Civil Veterinary Department Bihar & Orissa reports 1922-29 - 1922-1929
Year: 1922
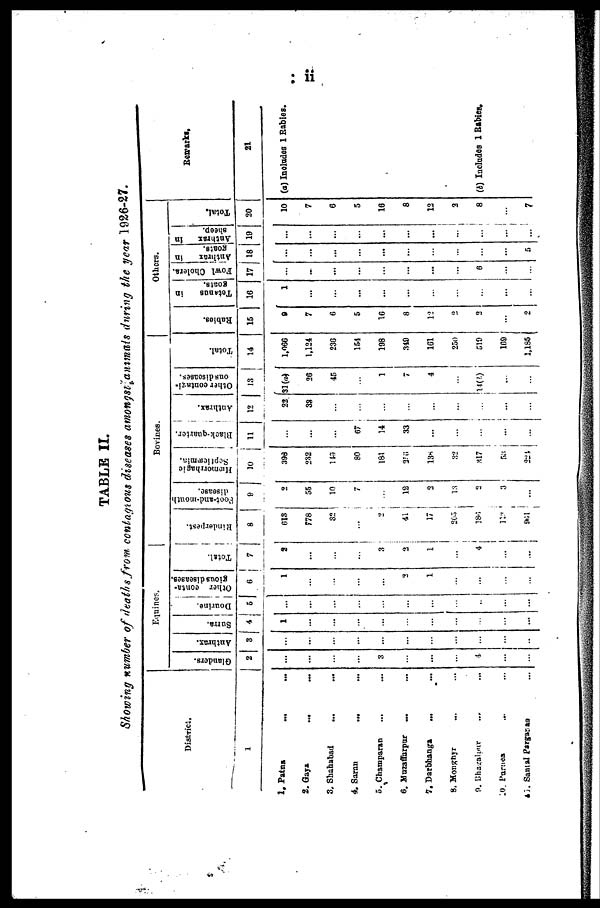
TABLE II.
Showing number of deaths from contagious diseases amongst animals during the year 1926-27.
District,
I
1. Patna
... ...
2.
Gaya
...
...
3, Shahabad ... ...
4. Saran
...
...
5. Champaran ... ...
6. Muzaffarpur ... ...
7, Darbhanga
...
8. Monghyr ... ...
9.
Bhagalpur
...
...
10. Parnea ... ...
43 Santal Parganas ...
Equines.
Glanders.
2
...
3
4
Anthrax.
a
... ...
Surra.
4
1
Dourine.
5
Ot her conta-
gious di s eas es .
6
2
1
Total.
7
2
3
2
1
4
...
...
Bovines.
|
Rinderpest.
8
613
f78
32
Poot-and-mouth
disease.
9
2
55
10
... 7
41
12
17
2
205 , 13
186 a
i
1
Hemorrhagic
Septicemia.
10
398
232
148
80
181
256
138
32
317
53
224
Black-quarter.
11
67
14
33
...
...
Anthrax.
12
22
38
...
...
...
Other contagi-
ous diseases.
13
31Ia)
26
45
1
7
4
14 (l)
...
Total.
14
1,066
1,124
236
154
198
349
161
250
519
109
1,185
Others.
Rabies.
15
0
7
6
5
16
8
12
2
2
o
Tetanus
in
goats.
16
1
...
...
Fowl Cholera.
17
...
...
6
Anthrax
in
goats.
18
...
...
...
5
Anthrax
in
sheep.
19
..,
...
Total.
20
10
7
6
5
16
8
12
2
8
...
7
Remarks.
21
(a) Includes 1 Babies.
(b) Includes 1 Rabies.